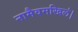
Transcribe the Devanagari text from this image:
नामैवमखिलं।